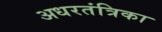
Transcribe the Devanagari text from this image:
अधरतंत्रिका